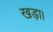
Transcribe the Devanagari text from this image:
खड़ा।